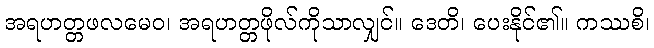
အရဟတ္တဖလမေဝ၊ အရဟတ္တဖိုလ်ကိုသာလျှင်။ ဒေတိ၊ ပေးနိုင်၏။ ကဿစိ၊